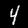
Digit: 4